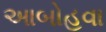
આબોહવા